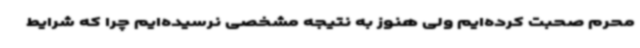
محرم صحبت کرده‌ایم ولی هنوز به نتیجه مشخصی نرسیده‌ایم چرا که شرایط